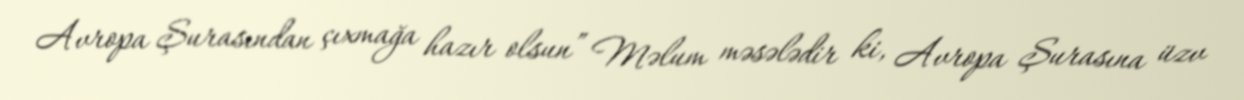
Avropa Şurasından çıxmağa hazır olsun” Məlum məsələdir ki, Avropa Şurasına üzv